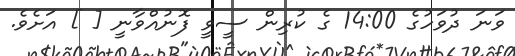
ވަނަ ދުވަހުގެ 14:00 ގެ ކުރިން ސީވީ ފޮނުއްވާނީ [ ] އަށެވެ.